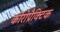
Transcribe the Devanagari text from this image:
कीरोप्रैक्टिक